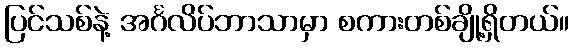
ပြင်သစ်နဲ့ အင်္ဂလိပ်ဘာသာမှာ စကားတစ်ချို့ရှိတယ်။